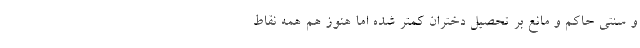
و سنتی حاکم و مانع بر تحصیل دختران کمتر شده اما هنوز هم همه نقاط